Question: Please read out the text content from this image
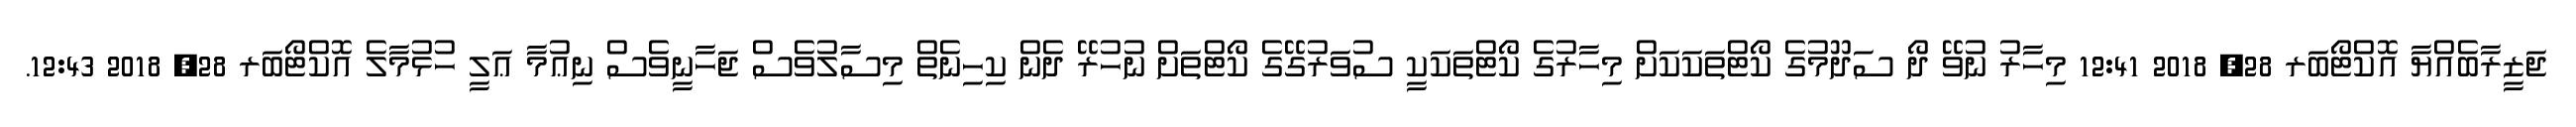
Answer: ޖަޒީރާބެއްޔާ އޮކްޓޯބަރ 28, 2018 12:41 މިހާރު ނުވޭ ދޯ ސަދޫމުގެ ކޯޓްތަކަކަށް މިހާރުގެ ކޯޓްތަކަކީ ސުވަރުގޭގެ ކޯޓްތަށް ނުހުރޭ ދެން ކިހިނެތް މިސާލުވެސް ޖަހާނީވެސް ނިޢުމާ ޢަލީ ހުޅުމާލެ އޮކްޓޯބަރ 28, 2018 12:43.